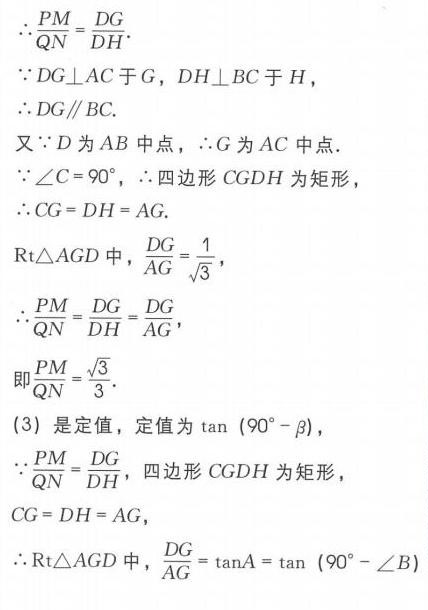
\(\therefore \frac{PM}{QN}=\frac{DG}{DH}.\)
\(\because DG\perp AC\text{ 于 }G,\ DH\perp BC\text{ 于 }H,\)
\(\therefore DG\parallel BC.\)
\(\text{又}\because D\text{ 为 }AB\text{ 中点，}\therefore G\text{ 为 }AC\text{ 中点}.\)
\(\because \angle C = 90^{\circ},\ \therefore \text{四边形 }CGDH\text{ 为矩形，}\)
\(\therefore CG = DH = AG.\)
\(\text{Rt}\triangle AGD\text{ 中，}\frac{DG}{AG}=\frac{1}{\sqrt{3}},\)
\(\therefore \frac{PM}{QN}=\frac{DG}{DH}=\frac{DG}{AG},\)
\(\text{即}\frac{PM}{QN}=\frac{\sqrt{3}}{3}.\)
\((3)\ \text{是定值，定值为 }\tan(90^{\circ}-\beta),\)
\(\because \frac{PM}{QN}=\frac{DG}{DH},\ \text{四边形 }CGDH\text{ 为矩形，}\)
\(CG = DH = AG,\)
\(\therefore \text{Rt}\triangle AGD\text{ 中，}\frac{DG}{AG}=\tan A=\tan(90^{\circ}-\angle B)\)